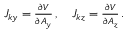
\begin{array} { r } { J _ { k y } = \frac { \partial V } { \partial A _ { y } } \, , \quad J _ { k z } = \frac { \partial V } { \partial A _ { z } } \, . } \end{array}